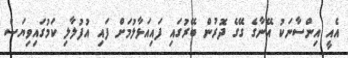
އެއީ އިންސާނަކު އޭނާގެ ގޭގެ ދޮރުން ބޭރުގައި ފައިއަޅާލުމަށް ފައި އުފުލާލި ކަމުގައިވިޔަސް